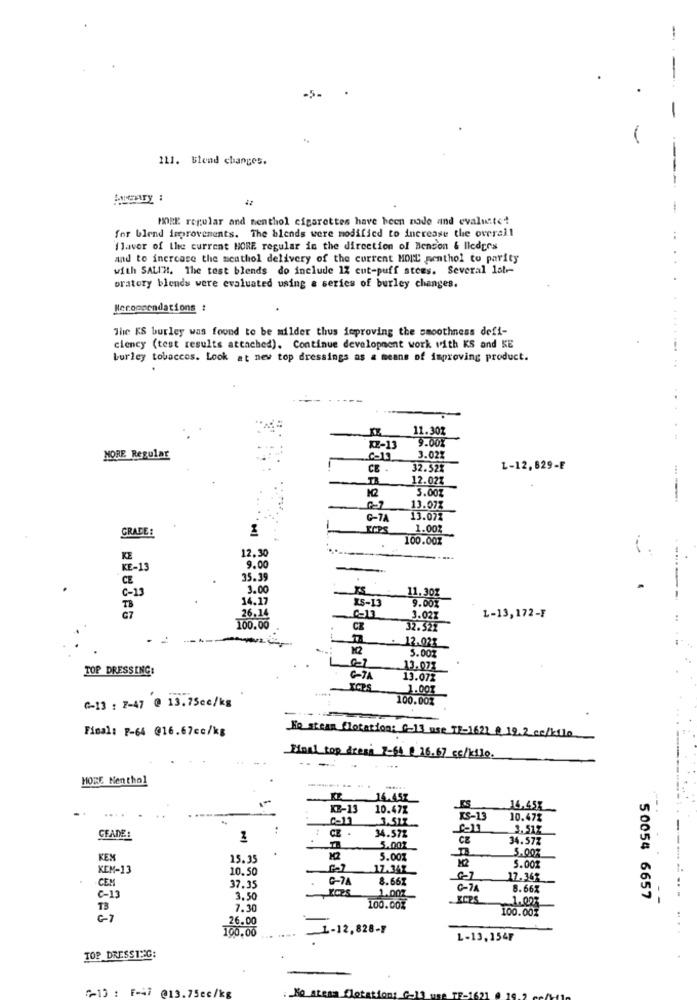
-
-5-
-
111. Blend changes.
----
MICATy :
-
MORE regular and menthol cigarettes have been mode and evaluate?
for blend improvements. The blends were modified to increase the overall
flavor of the current MORE regular in the direction of Benson & lieder's
and to increase the meathol delivery of the current MORE menthol to parity
with SALIH. The test blends do include 17 cut-puff stees. Several lat-
pratory blends were evaluated using a series of burley changes.
Neroocendations :
The KS burley was found to be milder thus improving the smoothness defi-
ciency (test results attached). Continue development work with KS and KE
burley tobaccos. Look at new top dressings as a means of improving product.
..........
11.302
9.00%
.....
X2-13
MORE Regular
3.02%
CE .
32.52%
L-12,829-F
TR
12.02%
M2
3.002
----.
13.073
C-TA
13.072
GRADE:
ECES
1.002
100.002
12.30
KE
9.00
KE-13
CZ
35.39
C-13
3.00
----
14.17
15-13
9.00%
TB
26.14
G7
3.027
L-13,172-F
100.00
CZ
32.522
12.023
12
5.00%
TOP DRESSING:
13.071
13.07%
*****
XCPS
1.001
100.00%
C-13 : 2-47 @ 13.75ce/kg
Fisal: P-64 @16.67cc/kg
No steam flotation: G-13 use 17-1621 @ 19.2. ce/kilo
Miaal top dresi 7-64 @ 16.67 cc/kilo.
MORE Nenthol
K 14.457
KZ-13
10.47%
14.45%
--.
3.517-
KS-13
10.47%
:
CZ .
3.51Z
CFADE:
34.572
34.57Z
5.001
5.007
KEX
15.35
X2
5.00%
12
KEM-13
10.50
17.341
5.001
CEM
C-7
8.661
17.363
37.35
G-7A
8.66x
C-13
3.50
1.001
1.007
50054 6657
T3
7.30
100.00%
100.00%
26.00
100.00
1-12,828-7
L-13,154F
TOP DRESSING:
5-10 : F-47 @13.75ec/kg